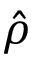
\hat { \rho }